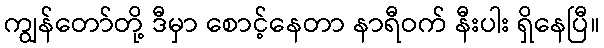
ကျွန်တော်တို့ ဒီမှာ စောင့်နေတာ နာရီဝက် နီးပါး ရှိနေပြီ။